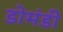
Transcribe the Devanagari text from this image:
डोमंडी